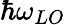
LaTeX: \hbar\omega_{LO}